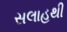
સલાહથી